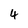
Character: 4